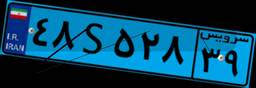
۴۸S۵۲۸۳۹